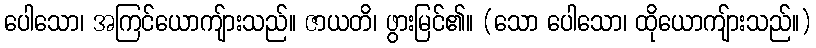
ပေါသော၊ အကြင်ယောကျ်ားသည်။ ဇာယတိ၊ ဖွားမြင်၏။ (သော ပေါသော၊ ထိုယောကျ်ားသည်။)